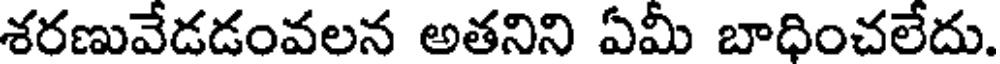
శరణువేడడంవలన అతనిని ఏమీ బాధించలేదు.